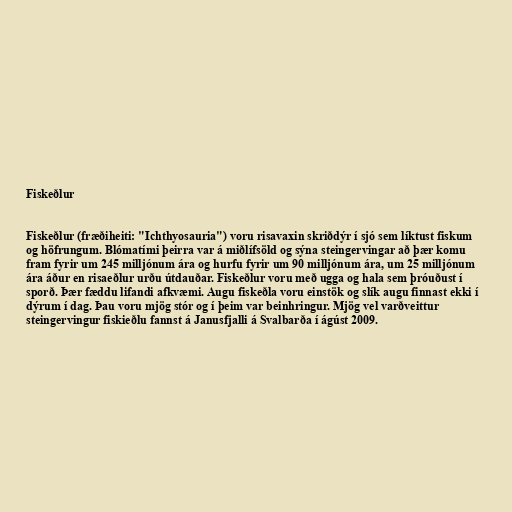
Fiskeðlur

Fiskeðlur (fræðiheiti: "Ichthyosauria") voru risavaxin skriðdýr í sjó sem líktust fiskum
og höfrungum. Blómatími þeirra var á miðlífsöld og sýna steingervingar að þær komu
fram fyrir um 245 milljónum ára og hurfu fyrir um 90 milljónum ára, um 25 milljónum
ára áður en risaeðlur urðu útdauðar. Fiskeðlur voru með ugga og hala sem þróuðust í
sporð. Þær fæddu lifandi afkvæmi. Augu fiskeðla voru einstök og slík augu finnast ekki í
dýrum í dag. Þau voru mjög stór og í þeim var beinhringur. Mjög vel varðveittur
steingervingur fiskieðlu fannst á Janusfjalli á Svalbarða í ágúst 2009.